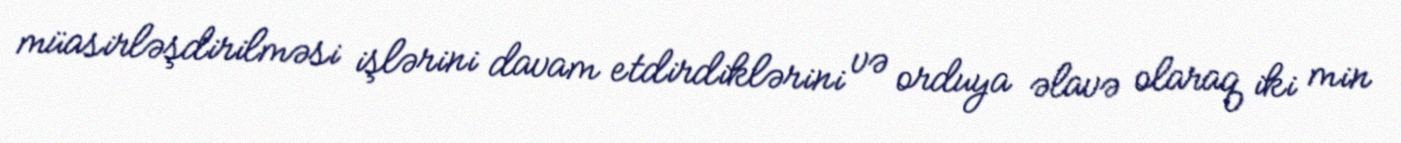
müasirləşdirilməsi işlərini davam etdirdiklərini və orduya əlavə olaraq iki min